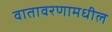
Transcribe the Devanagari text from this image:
वातावरणामधील